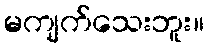
မကျက်သေးဘူး။